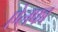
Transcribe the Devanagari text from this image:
ऐलफा